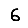
Digit: 6